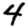
Digit: 4